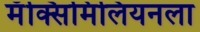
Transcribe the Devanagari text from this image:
मॅक्सिमिलियनला